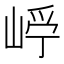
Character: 𡹂